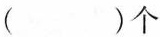
（）个